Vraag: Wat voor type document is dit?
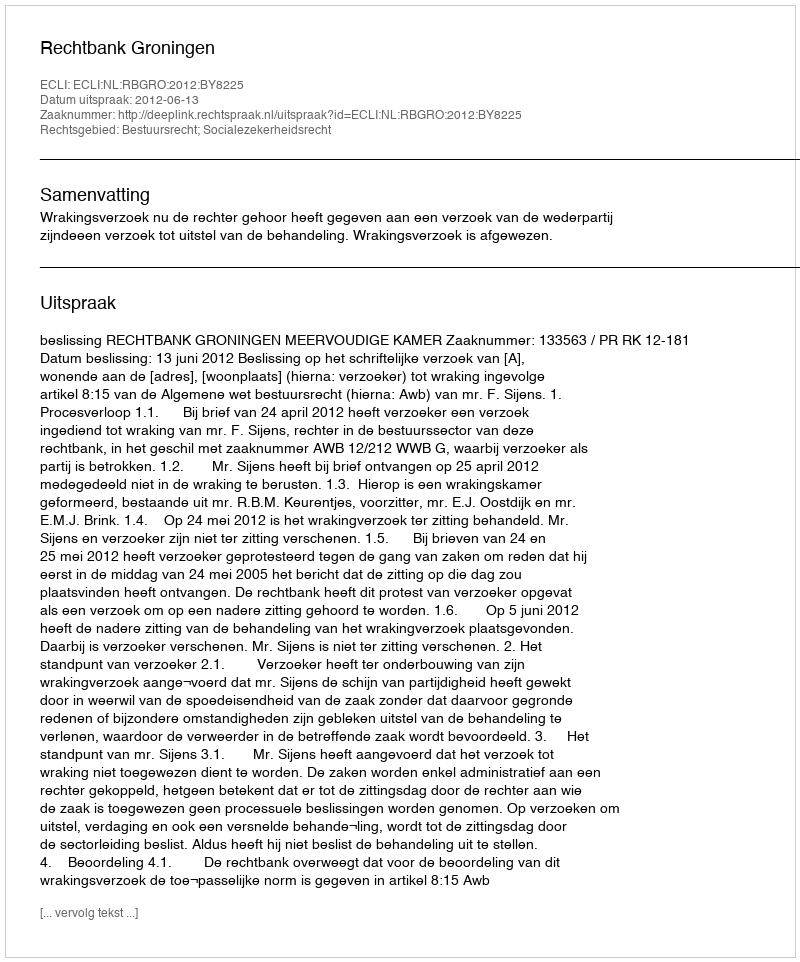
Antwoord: Uitspraak